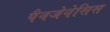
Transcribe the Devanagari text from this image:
पैनजेनेसिस